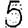
Digit: 5